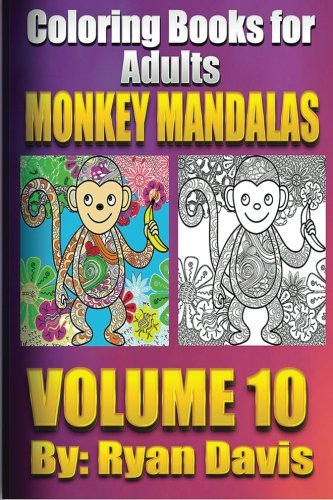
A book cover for Coloring Books For Adults - Monkey Mandalas (Animals & Mandalas ); Ryan Davis; Comics & Graphic Novels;